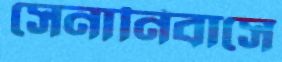
সেনানিবাসে